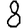
Digit: 8